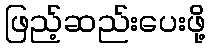
ဖြည့်ဆည်းပေးဖို့